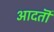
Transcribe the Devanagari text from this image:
आदतॊं